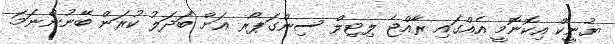
ޔުނީކް އިކޮނޮމީ އެއްގައި ރާއްޖެ ލިޓިލް ސިންގަޕޯރ އަށް ބަދަލު ކުރަން ބޭނުންނަމަ.